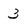
Character: 3